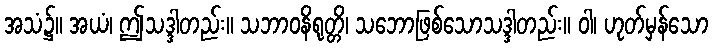
အသံ၌။ အယံ၊ ဤသဒ္ဒါတည်း။ သဘာဝနိရုတ္တိ၊ သဘောဖြစ်သောသဒ္ဒါတည်း။ ဝါ၊ ဟုတ်မှန်သော